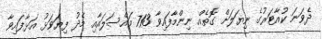
ދެވަނަ ކުއާޓަރުގެ ނިޔަލަށް ގޮތެއް ނިންމާފައިވާ 713 މައްސަލައާއި މެދު ފިޔަވަޅު އަޅާފައިވާ